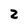
Character: 2